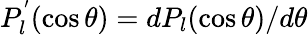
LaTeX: P_{l}^{'}(\cos\theta)=dP_{l}(\cos\theta)/d\theta